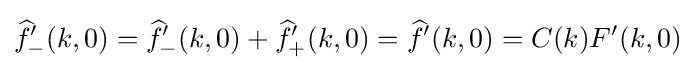
{\widehat {f}}'_{-}(k,0)={\widehat {f}}'_{-}(k,0)+{\widehat {f}}'_{+}(k,0)={\widehat {f}}'(k,0)=C(k)F'(k,0)